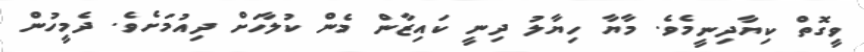
ވީގޮތް ކިޔާދިނީމެވެ. މާޔާ ހިޔާލު ދިނީ ކައިޒާން މެން ކުލާހަށް ދިއުމަށެވެ. ދެމީހުން